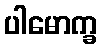
ပါမောက္ခ